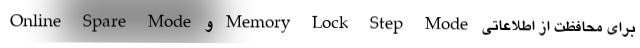
Online Spare Mode و Memory Lock Step Mode برای محافظت از اطلاعاتی